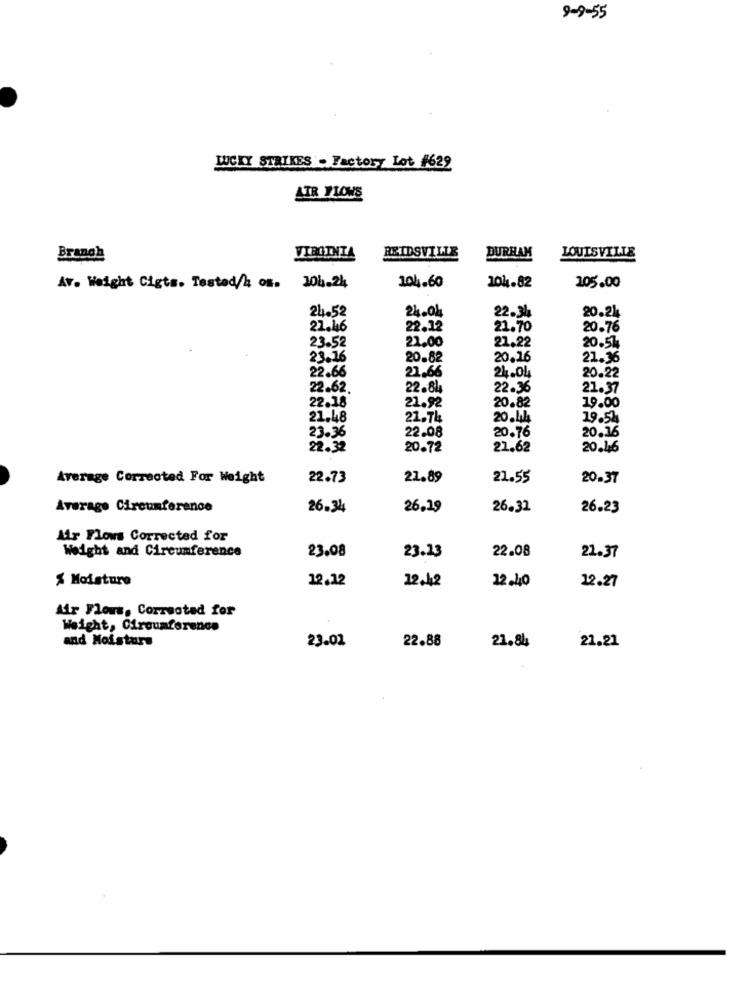
9-9-55
LUCKY STRIKES . Factory Lot #629
AIR FLOWS
REIDSVILLE
LOUISVILLE
Branch
VIRGINIA
DURHAM
104.82
Av. Weight Cigts. Tested/4 os. 104.24
104.60
105.00
24.52
24.04
22.34
20.24
21.46
22.12
21.70
20.76
23.52
21.00
21.22
20.51
23.16
20.82
20.16
21.36
22.66
21.66
24.04
20.22
22.62.
22.8L
22.36
21.37
22.18
21.92
20.82
19.00
21.48
21.74
20.444
19.52
23.36
22.08
20.76
20.16
22.32
20.72
21.62
20.16
Average Corrected For Weight
22.73
21.89
21.55
20.37
Average Circumference
26.34
26.19
26.32
26.23
Air Flows Corrected for
Weight and Circumference
22.08
23.08
23.23
21.37
% Moisture
12.12
22.40
12,42
12.27
Air Flows, Correotad for
Weight, Circumference
and Moisture
23.02
22.88
21.84
21.21